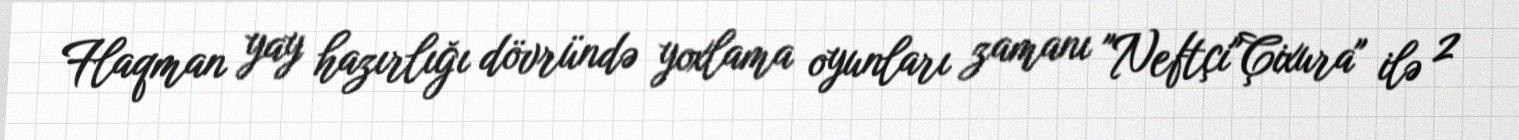
Flaqman yay hazırlığı dövründə yoxlama oyunları zamanı "Neftçi"Çixura" ilə 2